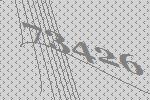
73426